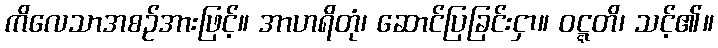
ကိလေသာအစဉ်အားဖြင့်။ အာဟရိတုံ၊ ဆောင်ပြခြင်းငှာ။ ဝဋ္ဋတိ၊ သင့်၏။